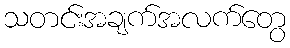
သတင်းအချက်အလက်တွေ